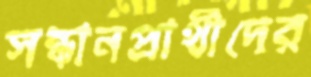
সন্ধানপ্রার্থীদের